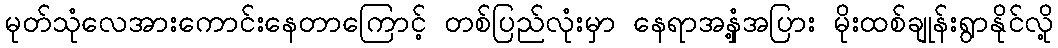
မုတ်သုံလေအားကောင်းနေတာကြောင့် တစ်ပြည်လုံးမှာ နေရာအနှံ့အပြား မိုးထစ်ချုန်းရွာနိုင်လို့